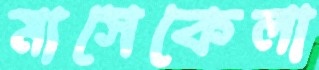
মাসেকেলা